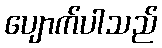
ပျောက်ပါသည်